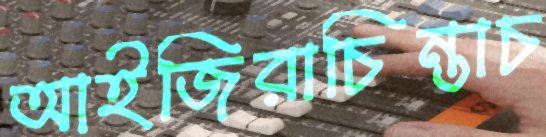
আইজিরাচিন্তাচ